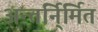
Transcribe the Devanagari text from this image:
अन्तर्नि्र्मित